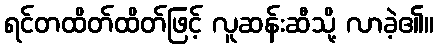
ရင်တထိတ်ထိတ်ဖြင့် လူဆန်းဆီသို့ လာခဲ့၏။